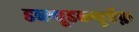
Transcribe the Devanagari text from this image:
डब्ल्यूडब्ल्यूऍफ़